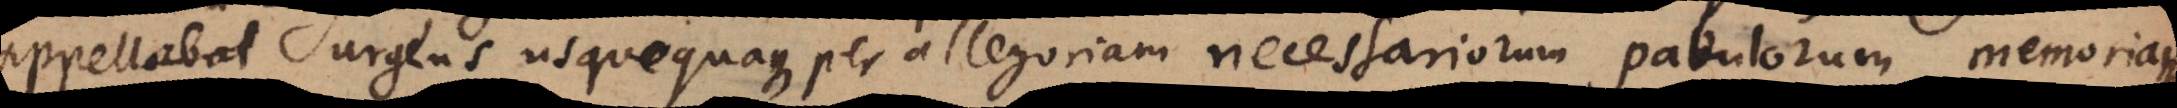
appellabat urgens usque quaque per allegoriam necessariorum pabulorum memoria